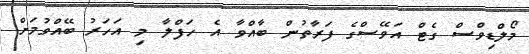
މޯލްޑިވްސް ގެޓް އަވޭސްގެ ފަރާތުން ބާއްވާ އެ ހަފްލާ މި އަހަރު ބޭއްވުމަށް